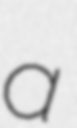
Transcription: a